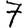
Digit: 7